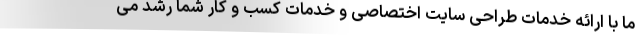
ما با ارائه خدمات طراحی سایت اختصاصی و خدمات کسب و کار شما رشد می